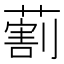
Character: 𦺧